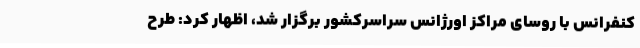
کنفرانس با روسای مراکز اورژانس سراسرکشور برگزار شد، اظهار کرد: طرح